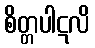
စိတ္တပါဋလိ